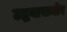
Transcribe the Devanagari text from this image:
उद्धवासमोर